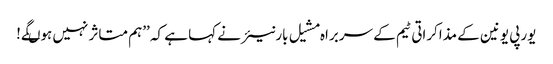
یورپی یونین کے مذاکراتی ٹیم کے سربراہ مشیل بارنیئر نے کہا ہے کہ ’’ہم متاثر نہیں ہوںگے!